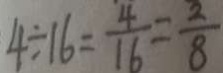
4 \div 1 6 = \frac { 4 } { 1 6 } = \frac { 2 } { 8 }